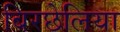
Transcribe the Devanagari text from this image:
बिरछेलिया